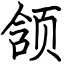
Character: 颔